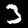
Label: 3